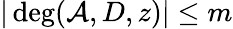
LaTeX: |\deg(\mathcal{A},D,z)|\le m